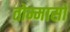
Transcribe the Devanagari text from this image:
तोम्मासो